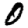
Digit: 0